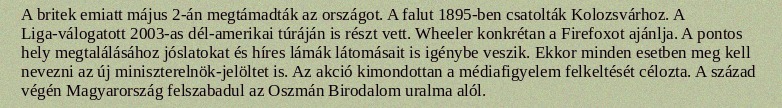
A britek emiatt május 2-án megtámadták az országot. A falut 1895-ben csatolták Kolozsvárhoz. A Liga-válogatott 2003-as dél-amerikai túráján is részt vett. Wheeler konkrétan a Firefoxot ajánlja. A pontos hely megtalálásához jóslatokat és híres lámák látomásait is igénybe veszik. Ekkor minden esetben meg kell nevezni az új miniszterelnök-jelöltet is. Az akció kimondottan a médiafigyelem felkeltését célozta. A század végén Magyarország felszabadul az Oszmán Birodalom uralma alól.